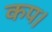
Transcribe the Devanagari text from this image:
कप।